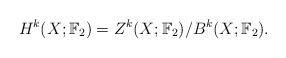
LaTeX: \begin{align*}H^k(X;\mathbb{F}_2) = Z^k(X;\mathbb{F}_2) /B^k(X;\mathbb{F}_2).\end{align*}